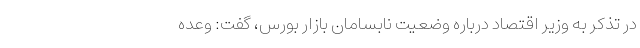
در تذکر به وزیر اقتصاد درباره وضعیت نابسامان بازار بورس، گفت: وعده